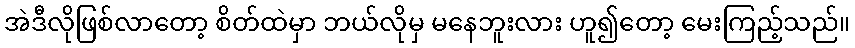
အဲဒီလိုဖြစ်လာတော့ စိတ်ထဲမှာ ဘယ်လိုမှ မနေဘူးလား ဟူ၍တော့ မေးကြည့်သည်။